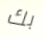
بك